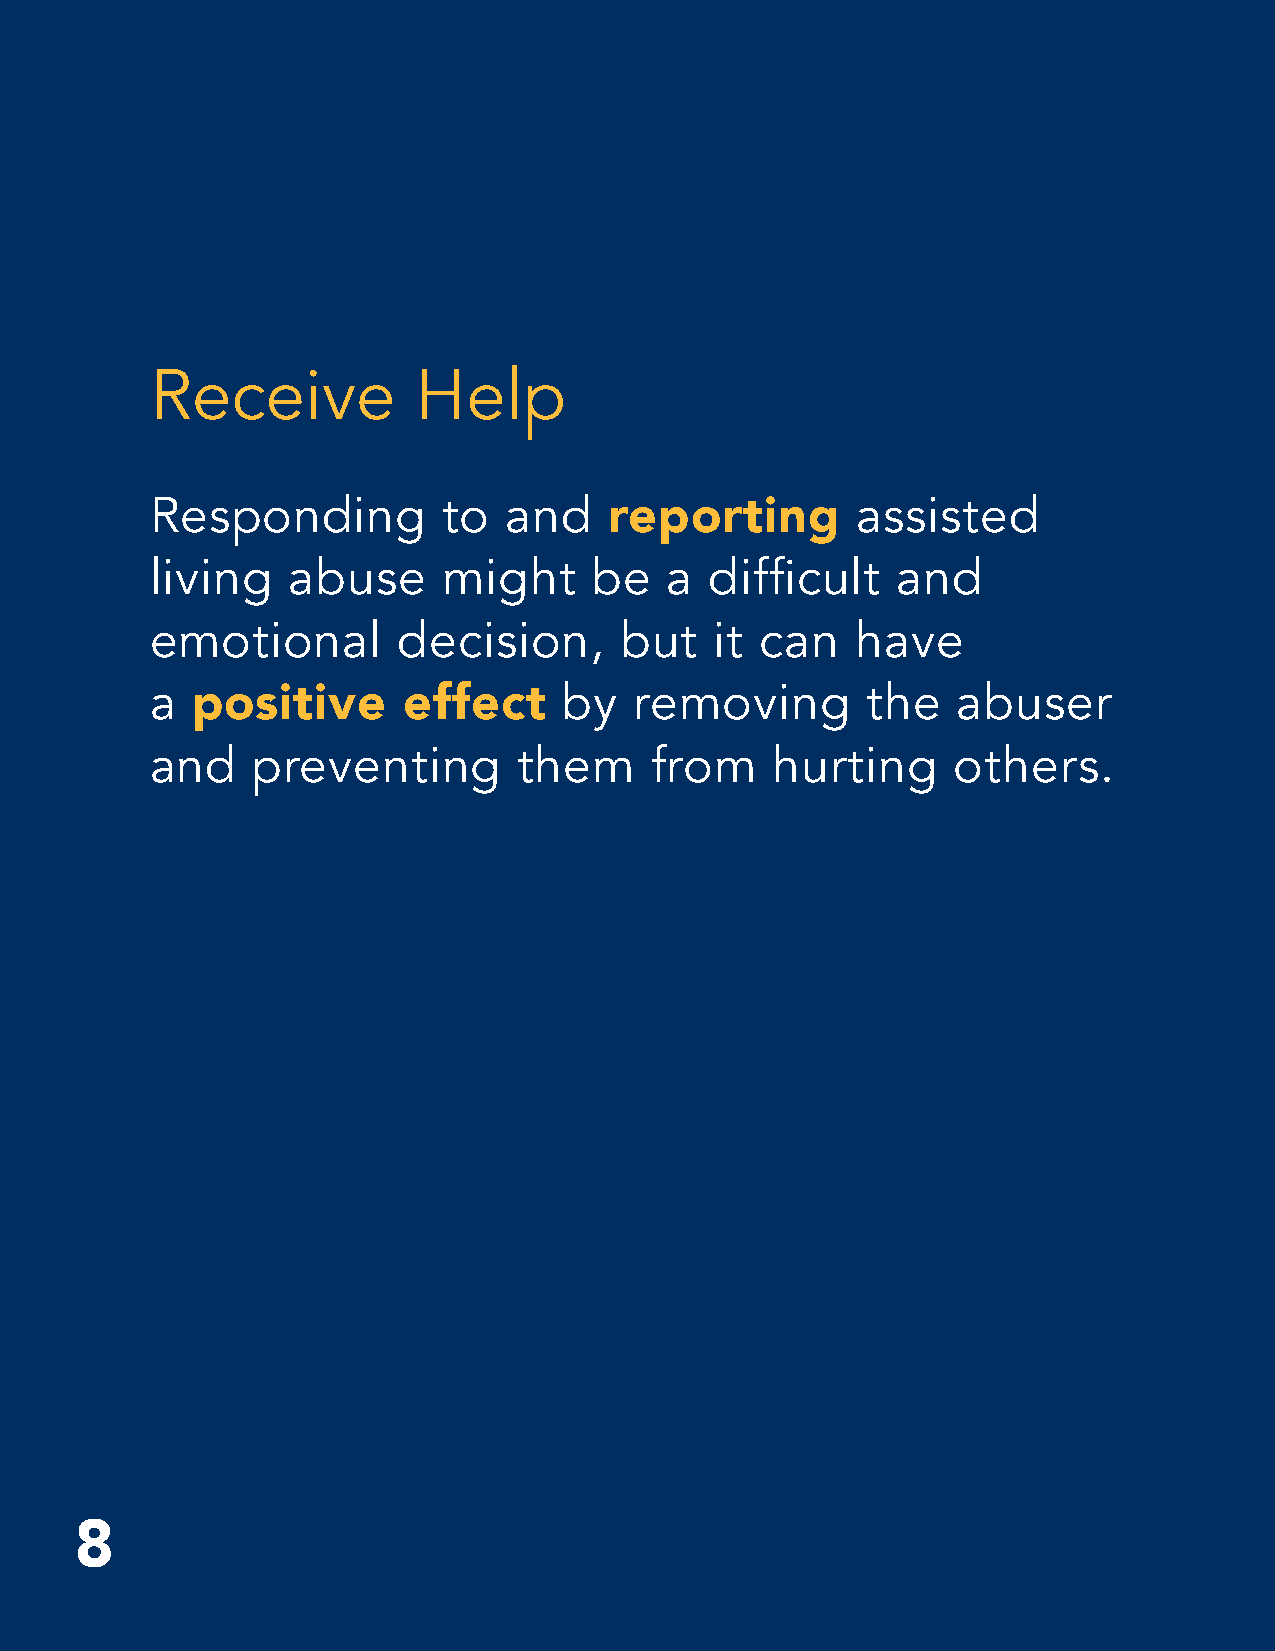
Receive          Help
 Responding         to  and                     assisted
 reporting
 living   abuse     might     be   a  difficult   and
 emotional       decision,      but   it can    have
 a                          by   removing       the   abuser
 positive      effect
 and    preventing       them     from    hurting     others.
 8